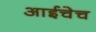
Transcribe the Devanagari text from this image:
आईचेच